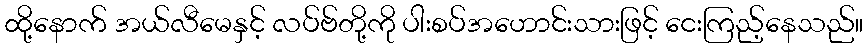
ထို့နောက် အယ်လီမေနှင့် လပ်ဗ်တို့ကို ပါးစပ်အဟောင်းသားဖြင့် ငေးကြည့်နေသည်။